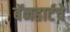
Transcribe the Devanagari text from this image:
बॅनहार्टचे